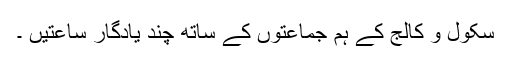
سکول و کالج کے ہم جماعتوں کے ساتھ چند یادگار ساعتیں ۔